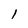
Character: 1